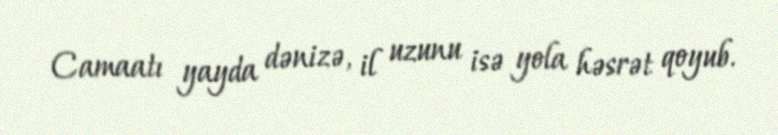
Camaatı yayda dənizə, il uzunu isə yola həsrət qoyub.